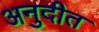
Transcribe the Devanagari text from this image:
अनुदीत